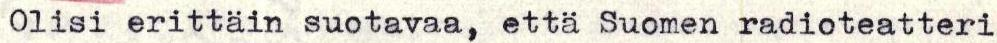
Olisi erittäin suotavaa, että Suomen radioteatteri